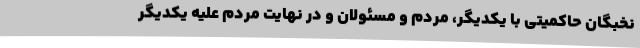
نخبگان حاکمیتی با یکدیگر، مردم و مسئولان و در نهایت مردم علیه یکدیگر